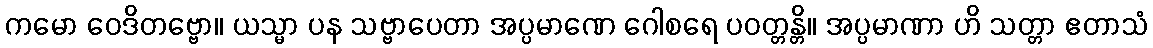
ကမော ဝေဒိတဗ္ဗော။ ယသ္မာ ပန သဗ္ဗာပေတာ အပ္ပမာဏေ ဂေါစရေ ပဝတ္တန္တိ။ အပ္ပမာဏာ ဟိ သတ္တာ ဧတာသံ